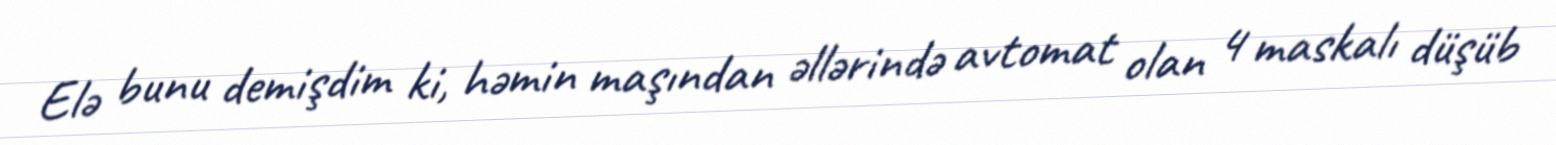
Elə bunu demişdim ki, həmin maşından əllərində avtomat olan 4 maskalı düşüb